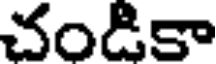
చండికా